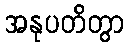
အနုပတိတွာ